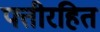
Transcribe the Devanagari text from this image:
पत्तीरहित